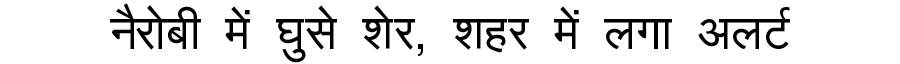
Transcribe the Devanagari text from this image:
नैरोबी में घुसे शेर, शहर में लगा अलर्ट